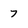
Character: 7